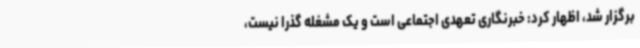
برگزار شد، اظهار کرد: خبرنگاری تعهدی اجتماعی است و یک مشغله گذرا نیست،